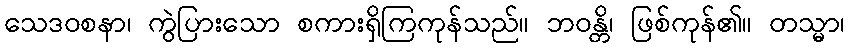
သေဒဝစနာ၊ ကွဲပြားသော စကားရှိကြကုန်သည်။ ဘဝန္တိ၊ ဖြစ်ကုန်၏။ တသ္မာ၊